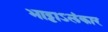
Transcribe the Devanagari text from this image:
भाट्टाऽलंकार